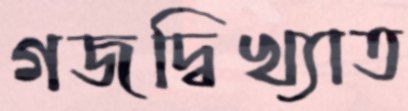
গজদ্বিখ্যাত